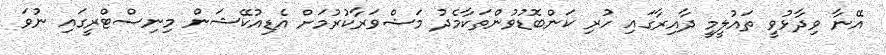
އޭނާ ވިދާޅުވީ ތައުލީމީ ދާއިރާގައި ހުރި ކަންބޮޑުވުންތަކާމެދު މަޝްވަރާކުރުމަށް އެޑިއުކޭޝަން މިނިސްޓްރީގައި ނުވަ